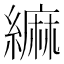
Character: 䌕